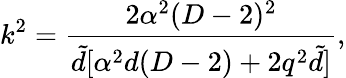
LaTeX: k^{2}=\frac{2\alpha^{2}(D-2)^{2}}{{\tilde{d}}[\alpha^{2}d(D-2)+2q^{2}{\tilde{d}}]},